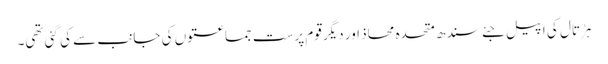
ہڑتال کی اپیل جئے سندھ متحدہ محاذ اور دیگر قوم پرست جماعتوں کی جانب سے کی گئی تھی۔